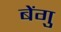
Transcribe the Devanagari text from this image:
बेंगु